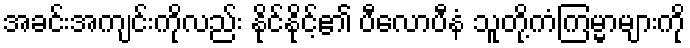
အခင်းအကျင်းကိုလည်း နိုင်နိုင့်၏ ပီလောပီနံ သူတို့ကံကြမ္မာများကို